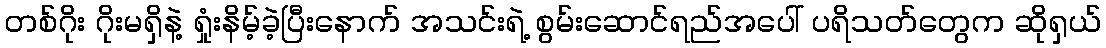
တစ်ဂိုး ဂိုးမရှိနဲ့ ရှုံးနိမ့်ခဲ့ပြီးနောက် အသင်းရဲ့ စွမ်းဆောင်ရည်အပေါ် ပရိသတ်တွေက ဆိုရှယ်